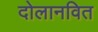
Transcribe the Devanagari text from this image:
दोलानवित